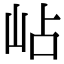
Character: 岾